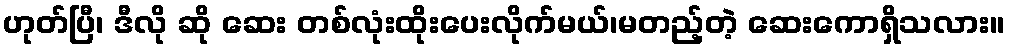
ဟုတ်ပြီ၊ ဒီလို ဆို ဆေး တစ်လုံးထိုးပေးလိုက်မယ်၊မတည့်တဲ့ ဆေးကောရှိသလား။